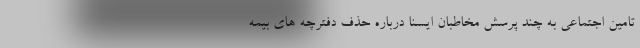
تامین اجتماعی به چند پرسش مخاطبان ایسنا درباره حذف دفترچه های بیمه